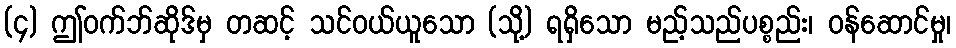
(၄) ဤဝက်ဘ်ဆိုဒ်မှ တဆင့် သင်ဝယ်ယူသော (သို့) ရရှိသော မည့်သည်ပစ္စည်း၊ ဝန်ဆောင်မှု၊